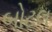
બોટલ